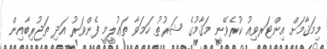
މިމަޤާމަށް އިންޓަރވިއު ކުރެވޭނީ މަޤާމުގެ ޝަރުޠު ހަމަވާ ތަޢުލީމީ ފެންވަރު އަދި ތަޖުރިބާއިން